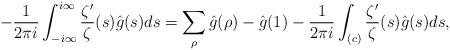
LaTeX: \begin{align*}-\frac{1}{2\pi i}\int^{i\infty}_{-i\infty}\frac{\zeta'}{\zeta}(s)\hat{g}(s) ds=\sum_{\rho}\hat{g}(\rho)-\hat{g}(1)-\frac{1}{2\pi i}\int_{(c)}\frac{\zeta'}{\zeta}(s)\hat{g}(s)ds,\end{align*}